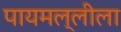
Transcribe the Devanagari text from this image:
पायमल्लीला